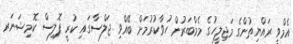
އެމްވީ ރައްޔިތުންގެ މަޖިލީހުގެ މެމްބަރުން ހުވާކުރުމަށް ބޭއްވި ޖަލްސާގައި ކުރީ ޕޮލިސް ކޮމިޝަނަރ